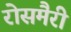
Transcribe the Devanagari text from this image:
रोसमैरी